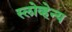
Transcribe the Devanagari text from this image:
स्लोव्हेन्य